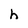
Character: h